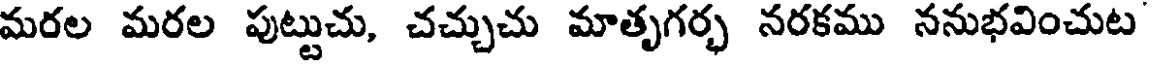
మరల మరల పుట్టుచు, చచ్చుచు మాతృగర్భ నరకము ననుభవించుట